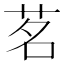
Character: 茗